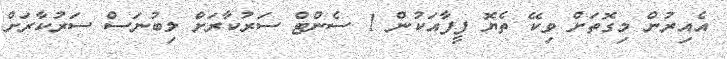
އެއިރުން މިގޮތަށް ވިކޭ ތެޔޮ ފީފާއަކުން 1 ސެންޓް ސަރުކާރަށް ލިބުނަސް ސަރުކާރަށް